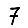
Digit: 7